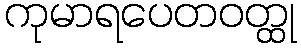
ကုမာရပေတဝတ္ထု